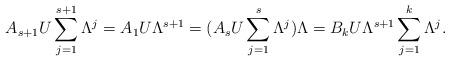
LaTeX: \begin{align*}A_{s+1}U\sum_{j=1}^{s+1}\Lambda^j &= A_1 U \Lambda^{s+1}= (A_s U \sum_{j=1}^s \Lambda^j) \Lambda= B_k U \Lambda^{s+1} \sum_{j=1}^{k} \Lambda^j.\end{align*}